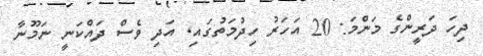
ދިހަ ދަރީންގެ މަންމަ: 20 އަހަރު ހިދުމަތުގައި